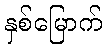
နှစ်မြောက်